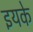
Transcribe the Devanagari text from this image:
इयके